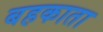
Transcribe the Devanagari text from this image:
बहकाता